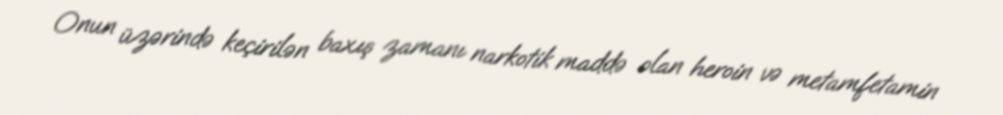
Onun üzərində keçirilən baxış zamanı narkotik maddə olan heroin və metamfetamin